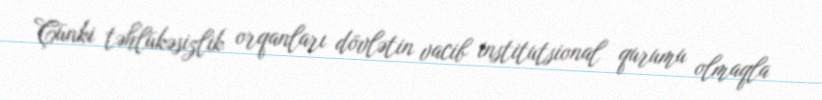
Çünki təhlükəsizlik orqanları dövlətin vacib institutsional qurumu olmaqla